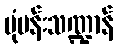
ပုံပန်းသဏ္ဍာန်